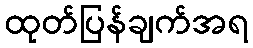
ထုတ်ပြန်ချက်အရ